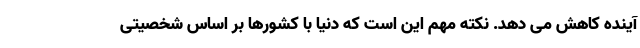
آینده کاهش می دهد. نکته مهم این است که دنیا با کشورها بر اساس شخصیتی